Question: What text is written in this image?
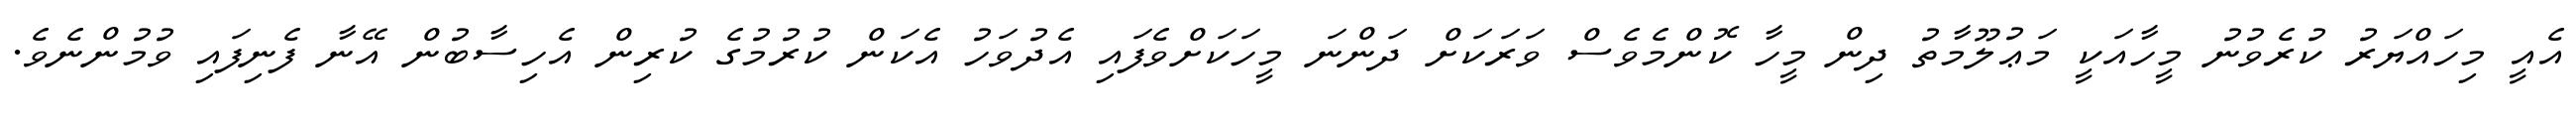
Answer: އެއީ މިހައްޔަރު ކުރެވުނު މީހާއަކީ މަޢުލޫމާތު ދިން މީހާ ކޮންމެވެސް ވަރަކަށް ދަންނަ މީހަކަށްވެފައި އެދުވަހު އެކަން ކުރުމުގެ ކުރިން އެހިސާބުން އޭނާ ފެނިފައި ވުމުންނެވެ.